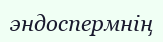
эндоспермнің